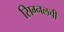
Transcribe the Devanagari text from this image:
सिग्नलची